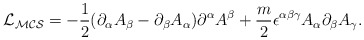
\begin{align*}{\cal {L}_{MCS}}=-\frac{1}{2}(\partial_{\alpha}A_{\beta}-\partial_{\beta}A_{\alpha})\partial^{\alpha}A^{\beta}+\frac{m}{2}\epsilon^{\alpha\beta\gamma}A_{\alpha}\partial_{\beta}A_{\gamma}.\end{align*}